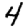
Digit: 4